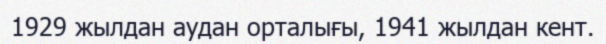
1929 жылдан аудан орталығы, 1941 жылдан кент.